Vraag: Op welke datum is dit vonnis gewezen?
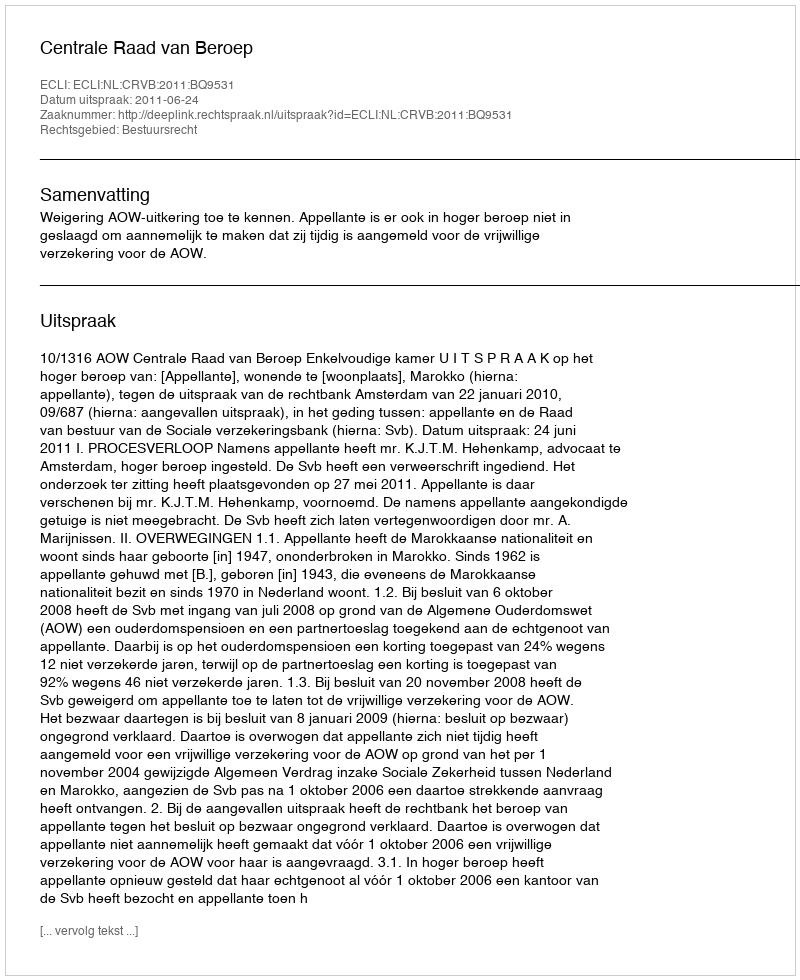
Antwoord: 2011-06-24